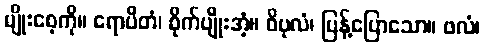
မျိုးစေ့ကို။ ရောပိတံ၊ စိုက်ပျိုးအံ့။ ဝိပုလံ၊ ပြန့်ပြောသော။ ဖလံ၊